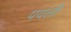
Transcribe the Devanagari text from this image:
पयली